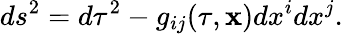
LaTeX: ds^{2}=d\tau^{2}-g_{ij}(\tau,{\mathbf x})dx^{i}dx^{j}.